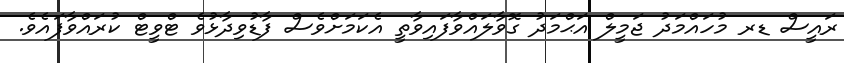
ރައީސް ޑރ މުހައްމަދު ޖަމީލް އަޙްމަދު ގޮވާލައްވާފައިވާތީ އެކަމަށްވެސް ފާޑުވިދާޅުވެ ޓްވީޓް ކުރައްވާފައެވެ.